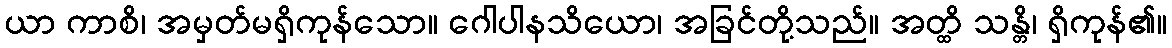
ယာ ကာစိ၊ အမှတ်မရှိကုန်သော။ ဂေါပါနသိယော၊ အခြင်တို့သည်။ အတ္ထိ သန္တိ၊ ရှိကုန်၏။